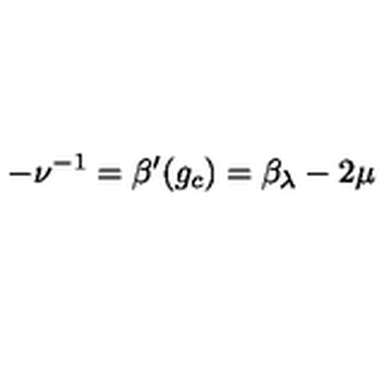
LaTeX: - \nu ^ { - 1 } = \beta ^ { \prime } ( g _ { c } ) = \beta _ { \lambda } - 2 \mu